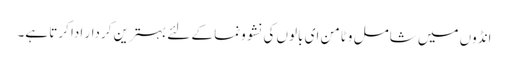
انڈوں میں شامل وٹامن ای بالوں کی نشوونما کے لئے بہترین کردار ادا کرتا ہے۔